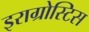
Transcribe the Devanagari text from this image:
इराग्रोस्टिस